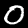
Digit: 0